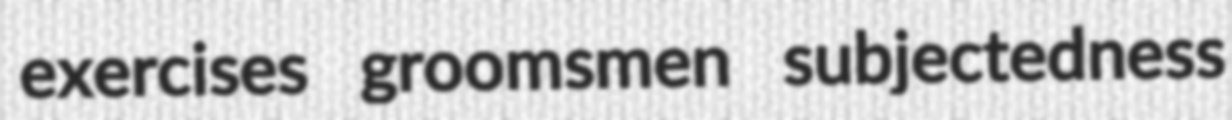
exercises groomsmen subjectedness